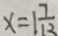
x = 1 \frac { 7 } { 1 3 }